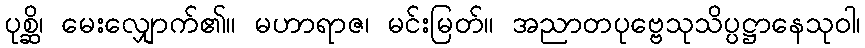
ပုစ္ဆိ၊ မေးလျှောက်၏။ မဟာရာဇ၊ မင်းမြတ်။ အညာတပုဗ္ဗေသုသိပ္ပဋ္ဌာနေသုဝါ၊